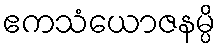
ဧကသံယောဇနမ္ပိ